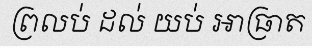
ព្រលប់ ដល់ យប់ អាធ្រាត